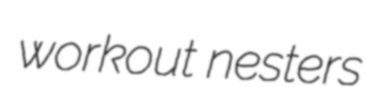
workout nesters